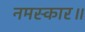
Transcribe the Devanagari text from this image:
नमस्कार॥